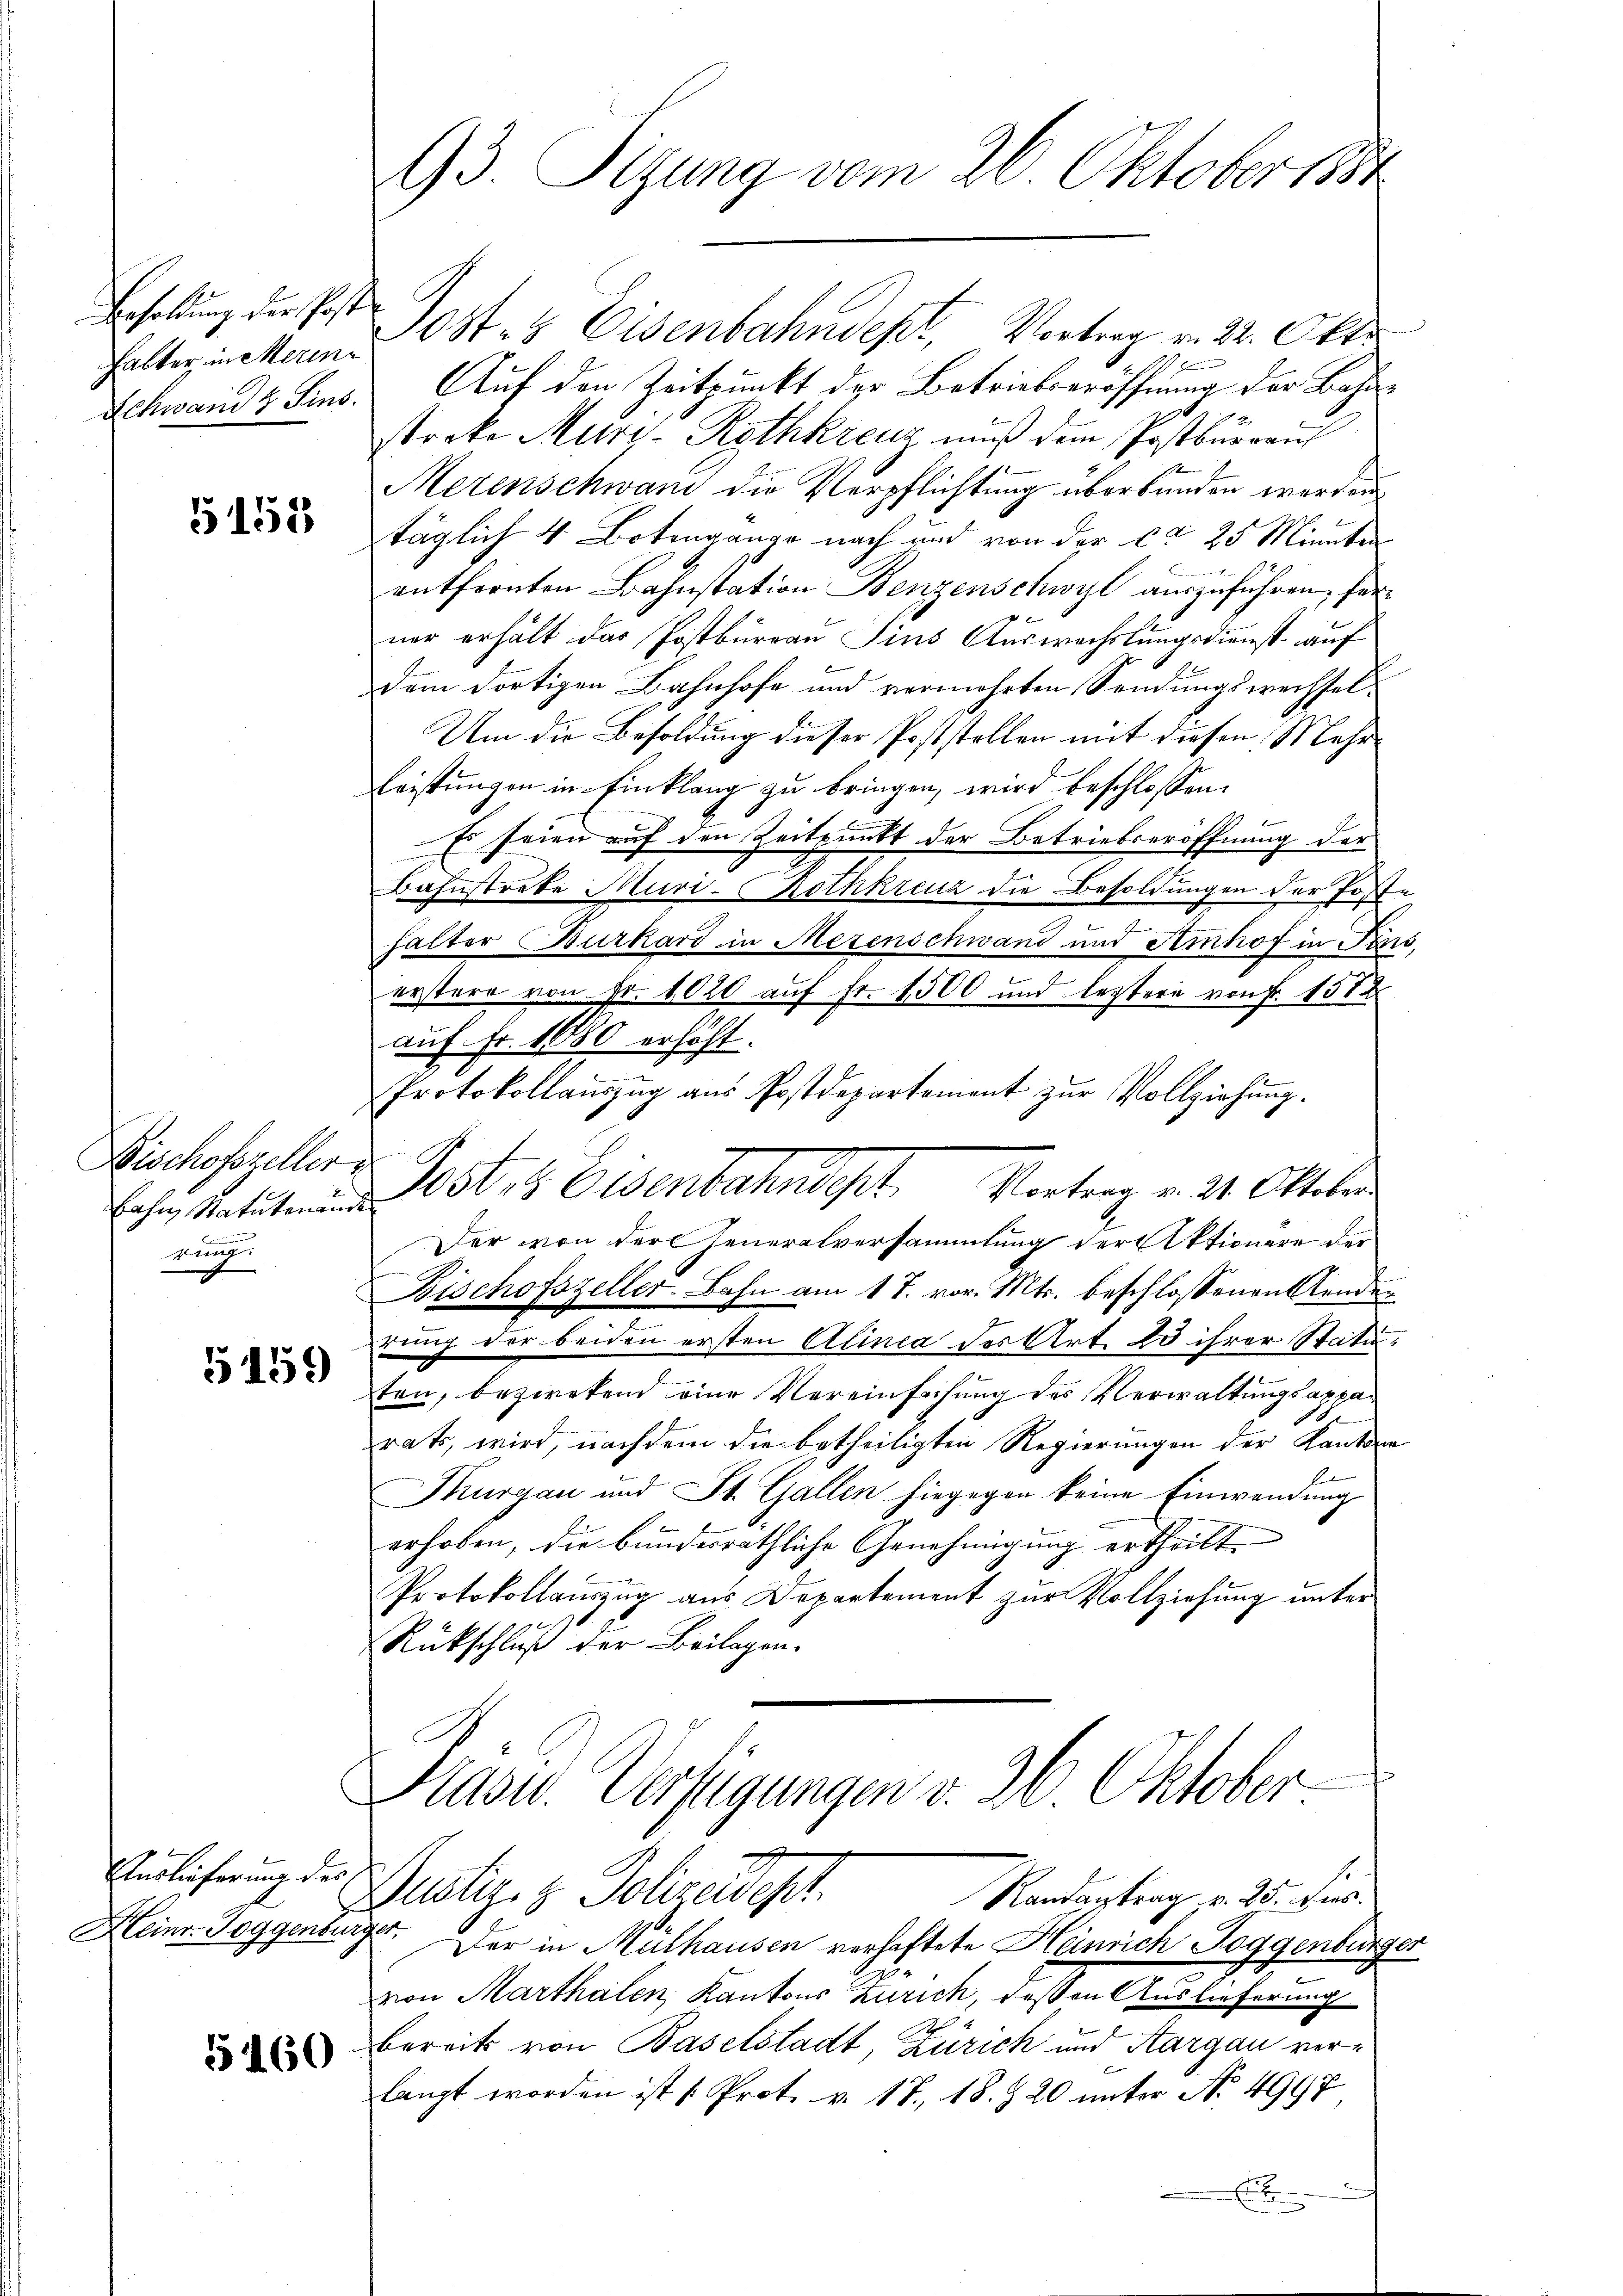
Besoldung der Post
halter in Merin¬

5155

Bischofszeller i
mung

5159

Auslieferung des
Heinr. Toggenburger.

5160

93. Sitzung vom 26. Oktober 1854

Post- & Eisenbahndept, Vortrag v. 22. Okto
2
Schwand & Sins. Auf den Zeitpunkt der Betriebseröffnung der Bahnstocke Muri, Rothkreuz muß dem Postbürraus
Merenschwand die Verpflichtung überbunden werden.
täglich 4 Botengange nach und von der ca 25 Minuten
entfernten Bahnstation Benzenschwyl auszuführen, ferner erhält das Postbureau ins Auswachslungsdienst auf
dem dortigen Bahnhofe und vermehrten Sendungswechsel¬
Um die Besoldung dieser Poststellen mit diesen Mehr¬
Leistungen in Einklang zu bringen, wird beschlossen:
Es seien auf den Zeitpunkt der Betriebseröffnung der
Bahnstreke Muri-Rothkreuz die Besoldungen der Poste
halter Burkard in Mezenschwand und Ainhof in Pens
erstere von Fr. 1020 auf Fr. 1500 und leztere von Fr. 1512
auf Fr. 1680 erhöht.
Protokollauszug aus Postdepartement zur Vollziehung.
Der von der Generalversammlung der Aktionere der
Bischofszeller Bahn am 17. vor. Mts. beschlossenen Renden
rung der beiden ersten Alinca der Art. 20 ihrer Statuten, bezwekend eine Vereinfachung des Verwaltungsappah
rats, wird, nachdem die betheiligten Regierungen der Kantone
Thurgau und St. Gallen hiegegen keine Einwendung
erhoben, die bundesräthliche Genehmigung ertheilt
Protokollauszug aus Departement zur Vollziehung unter
Rückschluß der Beilagen.
Kasu. Verfügungen v. 26. Oktober
Gnätige & Polizeidept.
Randantrag v. 25. Jus
Der in Mülhausen verhaftete Heinrich Roggenbürger
von Marthalen, Kantons Zürich, deßen Auslieferung
h
bereits von Baselstadt, Zürich und Sargau verlangt worden ist [Prot. v. 17. 18. 7 20 unter No 4997
d
.

hattet. Eisenbahndet. Vortrag v. 21. Oktober.